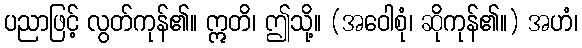
ပညာဖြင့် လွတ်ကုန်၏။ ဣတိ၊ ဤသို့။ (အဝေါစုံ၊ ဆိုကုန်၏။) အဟံ၊